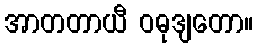
အာတတာယီ ဝဓုဒျတော။